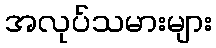
အလုပ်သမားများ